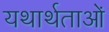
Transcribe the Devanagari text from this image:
यथार्थताओं